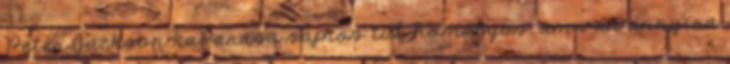
Peter Jackson kavarása sajnos túl homályos, ám van annyira